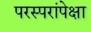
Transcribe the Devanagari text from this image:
परस्परांपेक्षा